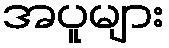
အပူများ